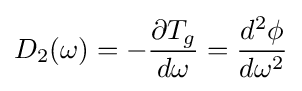
D_{2}(\omega )=-{\frac {\partial T_{g}}{d\omega }}={\frac {d^{2}\phi }{d\omega ^{2}}}